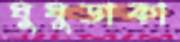
ঘুঘুডাকা